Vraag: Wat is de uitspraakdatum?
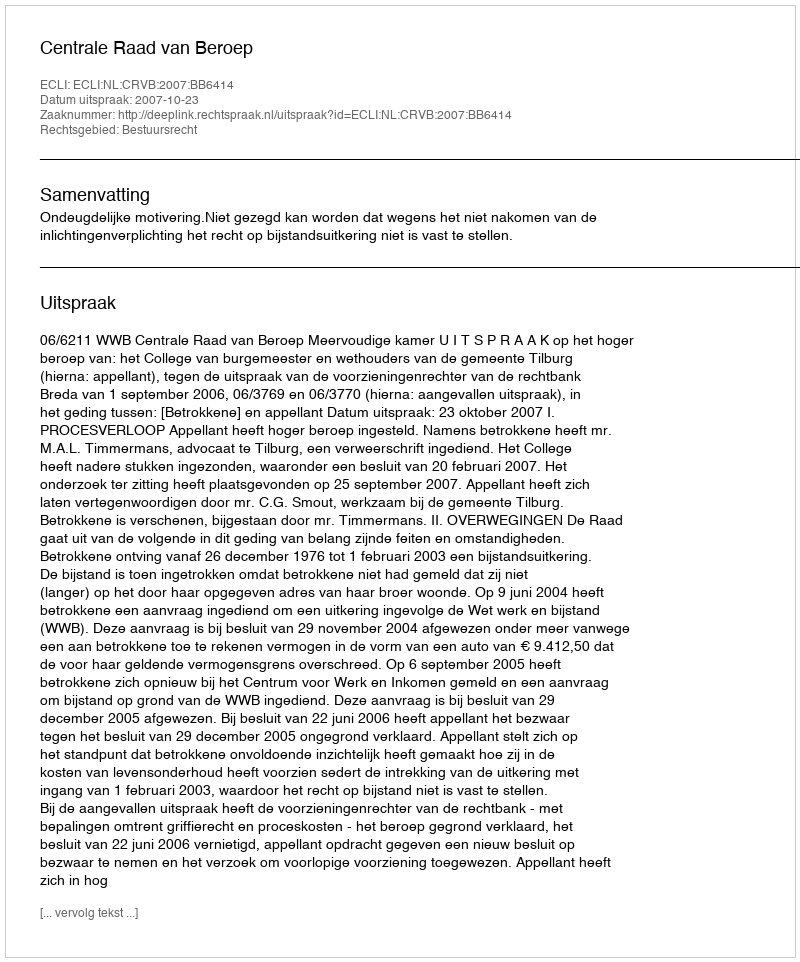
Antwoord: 2007-10-23